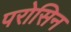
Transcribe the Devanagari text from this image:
परोसिन